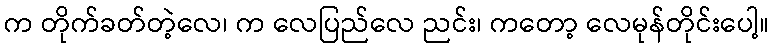
က တိုက်ခတ်တဲ့လေ၊ က လေပြည်လေ ညင်း၊ ကတော့ လေမုန်တိုင်းပေါ့။